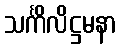
သင်္ကိလိဋ္ဌမနာ